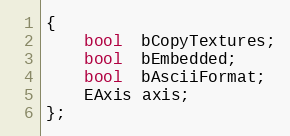
Language: C
{
	bool  bCopyTextures;
	bool  bEmbedded;
	bool  bAsciiFormat;
	EAxis axis;
};